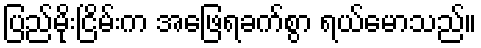
ပြည်မိုးငြိမ်းက အဖြေရခက်စွာ ရယ်မောသည်။